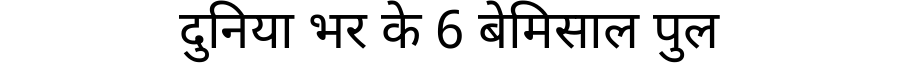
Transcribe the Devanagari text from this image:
दुनिया भर के 6 बेमिसाल पुल